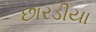
છારડીયા